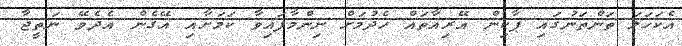
އެކަހަލަ ތަންތަނުގައި ޕާކިން އޭރިއާތައް ހެދުމަށް ނިންމާފައިވާ ކަމަށާއި އޭގެން އެދެވޭ ނަތީޖާ